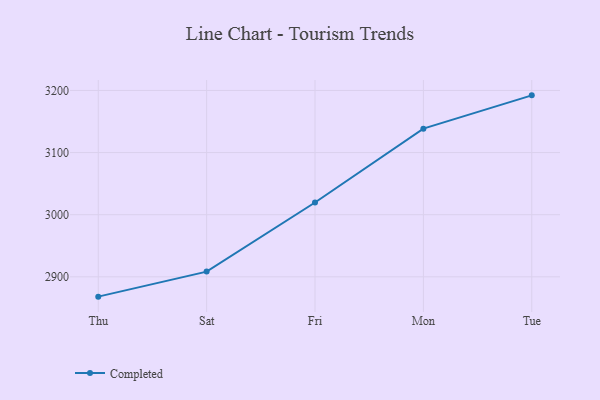
{"axis": {"x": "Day", "y": "Demand Index"}, "legend": ["Completed"], "data": [{"x": "Thu", "y": 2868.1, "type": "Completed"}, {"x": "Sat", "y": 2908.4, "type": "Completed"}, {"x": "Fri", "y": 3019.6, "type": "Completed"}, {"x": "Mon", "y": 3138.5, "type": "Completed"}, {"x": "Tue", "y": 3192.1, "type": "Completed"}]}